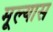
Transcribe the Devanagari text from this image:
मूल्यास